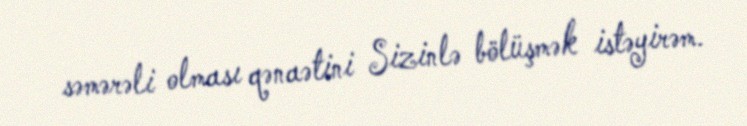
səmərəli olması qənaətini Sizinlə bölüşmək istəyirəm.